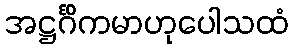
အဋ္ဌင်္ဂိကမာဟုပေါသထံ